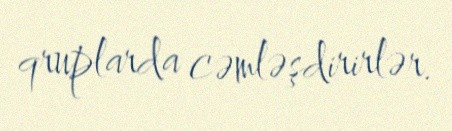
qruplarda cəmləşdirirlər.